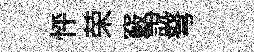
怦荣竅說弩